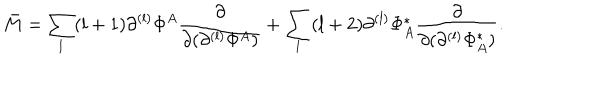
LaTeX: \bar { M } = \sum _ { l } ( l + 1 ) \partial ^ { ( l ) } \Phi ^ { A } \frac { \partial } { \partial ( \partial ^ { ( l ) } \Phi ^ { A } ) } + \sum _ { l } ( l + 2 ) \partial ^ { ( l ) } \Phi _ { A } ^ { * } \frac { \partial } { \partial ( \partial ^ { ( l ) } \Phi _ { A } ^ { * } ) } .